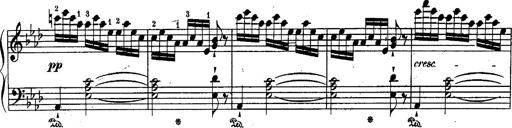
Title: Schubert's Impromptus [revised and edited by Franz Liszt]
Composer: Franz Liszt